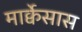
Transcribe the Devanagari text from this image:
मार्क्वेसास